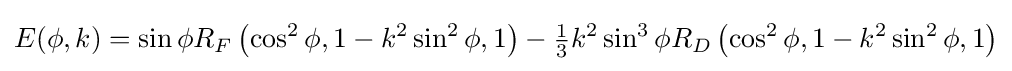
E(\phi ,k)=\sin \phi R_{F}\left(\cos ^{2}\phi ,1-k^{2}\sin ^{2}\phi ,1\right)-{\tfrac {1}{3}}k^{2}\sin ^{3}\phi R_{D}\left(\cos ^{2}\phi ,1-k^{2}\sin ^{2}\phi ,1\right)